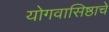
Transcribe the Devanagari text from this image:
योगवासिष्ठाचे